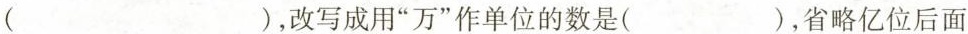
()，改写成用”万”作单位的数是()，省略亿位后面